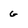
Character: g